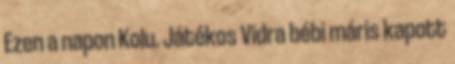
Ezen a napon Kolu. Játékos Vidra bébi máris kapott